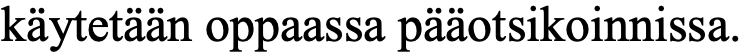
käytetään oppaassa pääotsikoinnissa.